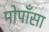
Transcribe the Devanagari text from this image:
मोपाँसा